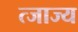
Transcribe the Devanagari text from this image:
त्जाज्य